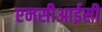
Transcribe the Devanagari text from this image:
एनसीआईसी